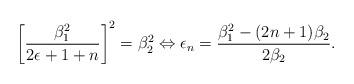
LaTeX: \begin{align*}\left[\frac{\beta_1^2}{2\epsilon+1+n}\right]^2=\beta_2^2\Leftrightarrow \epsilon_{n}=\frac{\beta_1^2-(2n+1)\beta_2}{2\beta_2}.\end{align*}